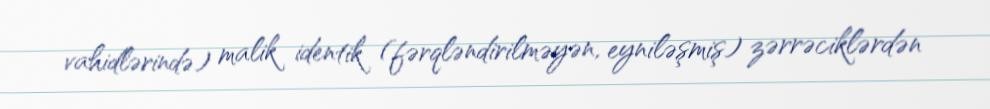
vahidlərində) malik identik (fərqləndirilməyən, eyniləşmiş) zərrəciklərdən